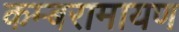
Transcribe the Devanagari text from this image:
कम्बरामायण